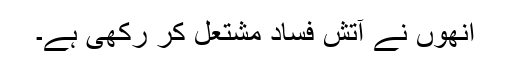
انھوں نے آتشِ فساد مشتعل کر رکھی ہے۔